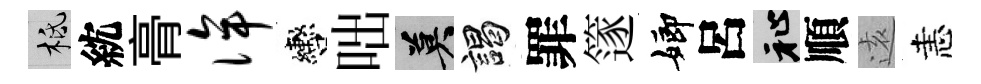
柢紞𮌔侔轡咄莫謁罪篴嫏呂祉順逺恚